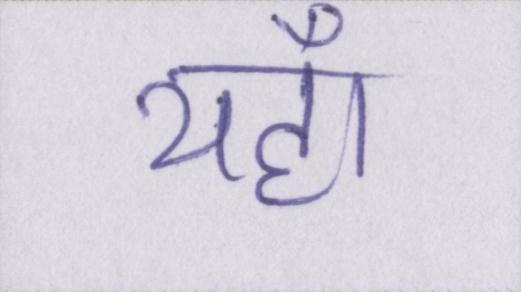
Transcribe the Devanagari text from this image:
यहाँ